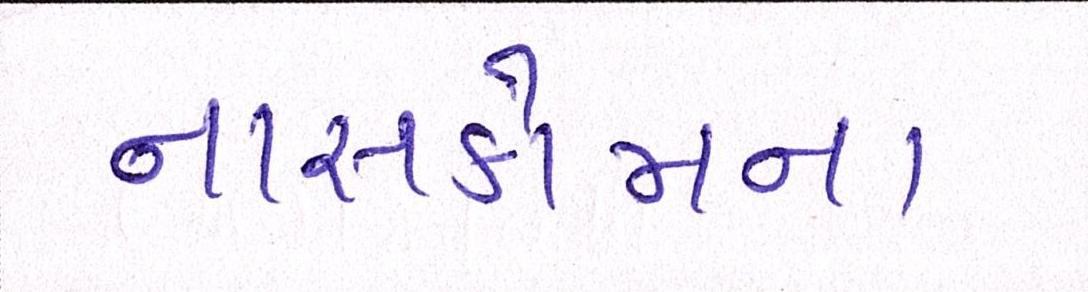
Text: નાસકોમના